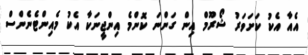
އެއާ އެކު ކަށަވަރު ޝޯރޫމް އިން ގަންނަ ކޮންމެ އިންޖީނަކާ އެކު މެއިންޓެނެންސް